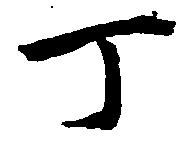
丁